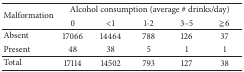
<table><thead><tr><td rowspan="2"><b>Malformation</b></td><td colspan="5"><b>Alcohol consumption (average # drinks/day)</b></td></tr><tr><td><b>0</b></td><td><b>&lt;1</b></td><td><b>1-2</b></td><td><b>3–5</b></td><td><b>≧6</b></td></tr></thead><tbody><tr><td>Absent</td><td>17066</td><td>14464</td><td>788</td><td>126</td><td>37</td></tr><tr><td>Present</td><td>48</td><td>38</td><td>5</td><td>1</td><td>1</td></tr><tr><td>Total</td><td>17114</td><td>14502</td><td>793</td><td>127</td><td>38</td></tr></tbody></table>